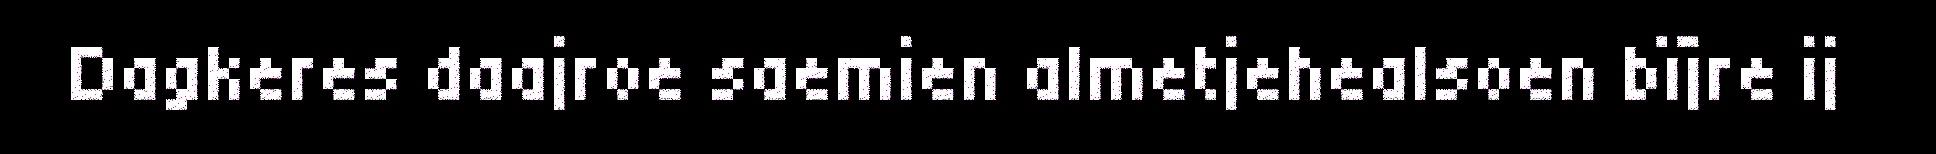
Dagkeres daajroe saemien almetjehealsoen bïjre ij